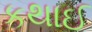
કથાઈ